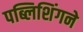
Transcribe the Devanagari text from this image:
पब्लिशिंगने